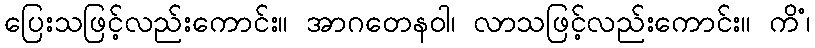
ပြေးသဖြင့်လည်းကောင်း။ အာဂတေနဝါ၊ လာသဖြင့်လည်းကောင်း။ ကိံ၊